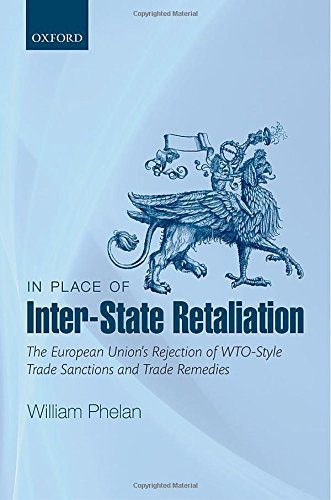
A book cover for In Place of Inter-State Retaliation: The European Union's Rejection of WTO-style Trade Sanctions and Trade Remedies; William Phelan; Law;